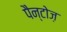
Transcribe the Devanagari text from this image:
पैन्टोज़